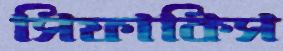
সিফাকিস